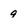
Character: 9